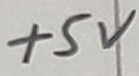
Text: +5V